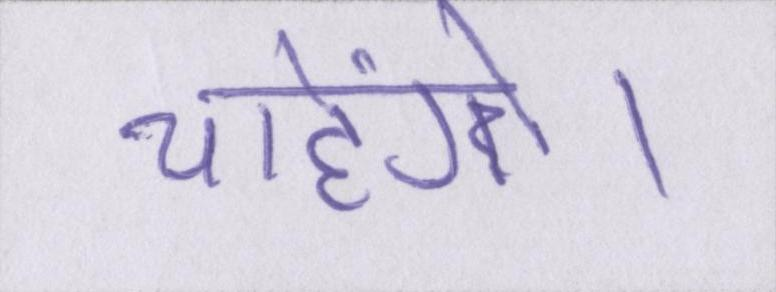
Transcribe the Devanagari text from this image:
चाहेंगे।